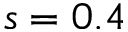
s = 0 . 4